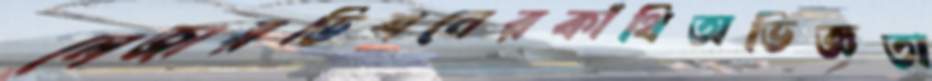
লেজারভিশনেরকাঁথিঅভিজ্ঞতা